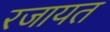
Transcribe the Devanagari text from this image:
रजायत